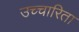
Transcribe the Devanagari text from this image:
उच्चारिता